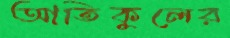
আতিকুলের